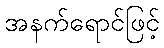
အနက်ရောင်ဖြင့်